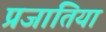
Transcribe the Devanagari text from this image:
प्रजांतिया